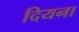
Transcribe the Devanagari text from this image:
दियना